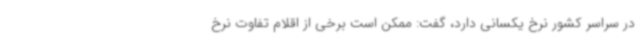
در سراسر کشور نرخ یکسانی دارد، گفت: ممکن است برخی از اقلام تفاوت نرخ